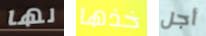
لها خذها أجل